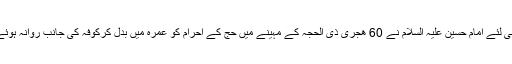
اسی لئے امام حسین علیہ السلام نے 60 ھجری ذی الحجہ کے مہینے میں حج کے احرام کو عمرہ میں بدل کرکوفہ کی جانب روانہ ہوئے۔